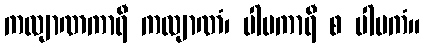
ကလျာဏကာရီ ကလျာဏံ၊ ပါပကာရီ စ ပါပကံ။